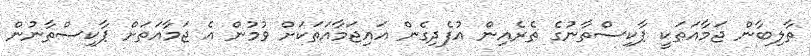
ތާލިބާން ޖަމާއަތަކީ ޕާކިސްތާނުގެ ތެރެއިން އުފެދިގެން އައިޖަމާއަތަކަށް ވުމުން އެ ޖަމާއަތަށް ޕާކިސްތާނުން